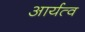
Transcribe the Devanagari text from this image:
आर्यत्व